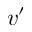
v ^ { \prime }